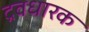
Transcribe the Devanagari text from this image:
द्रवधारक